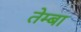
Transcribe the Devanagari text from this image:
तेम्बा